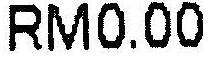
RM0.00